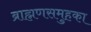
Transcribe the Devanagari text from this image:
ब्राह्मणसमुहका